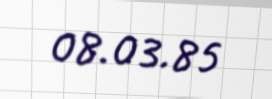
08.03.85